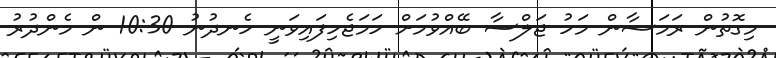
މިގޮތުން ރަމަޟާން މަހު ޖަލްސާ ބޭއްވުމަށް ހަމަޖެހިފައިވަނީ ހެނދުނު 10:30 ން މެންދުރު